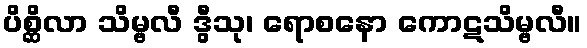
ပိစ္ဆိလာ သိမ္ဗလီ ဒွီသု၊ ရောစနော ကောဋသိမ္ဗလီ။